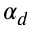
\alpha _ { d }